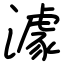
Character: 澽